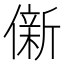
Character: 𫣩